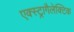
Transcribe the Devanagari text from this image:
एक्स्ट्रागैलेक्टिक